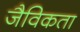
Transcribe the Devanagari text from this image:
जैविकता